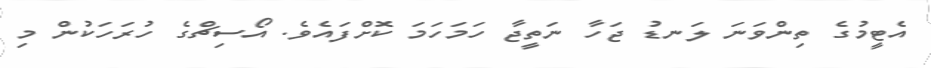
އެޓީމުގެ ތިންވަނަ ލަނޑު ޖަހާ ނަތީޖާ ހަމަހަމަ ކޮށްފައެވެ. އޯސިޗްގެ ހުރަހަކުން މި